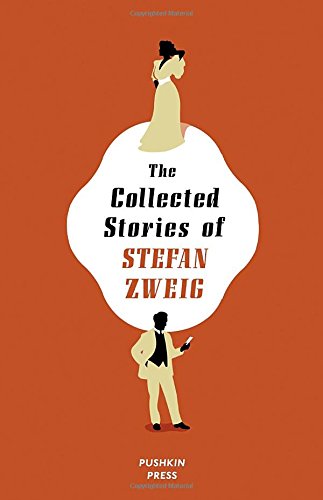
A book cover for The Collected Stories of Stefan Zweig; Stefan Zweig; Science Fiction & Fantasy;